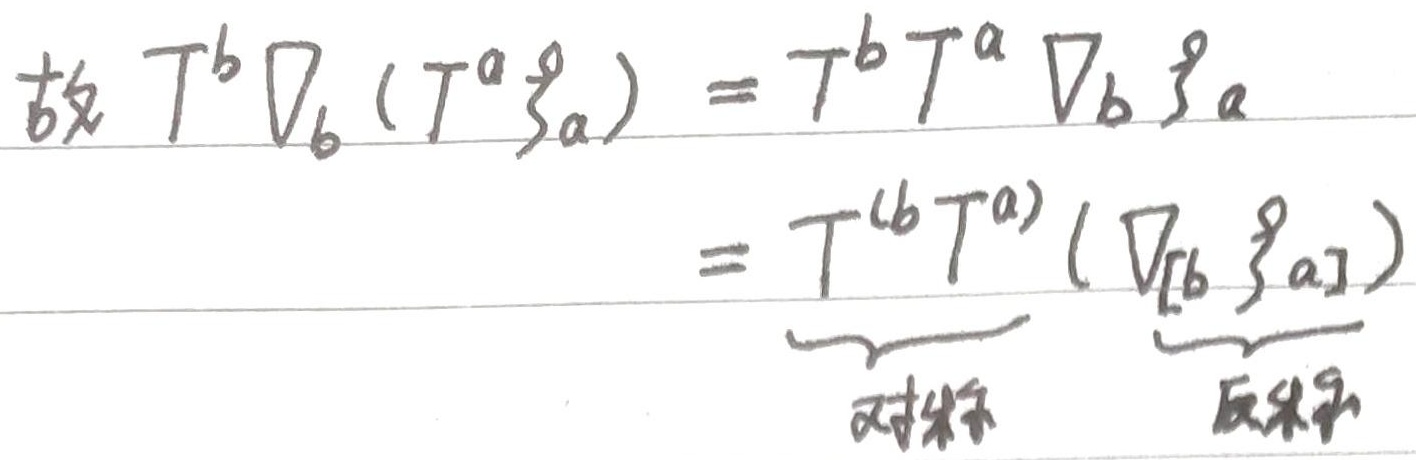
故
\[
T^{b}\nabla_{b}(T^{a}\xi_{a})=T^{b}T^{a}\nabla_{b}\xi_{a}=T^{(b}T^{a)}(\nabla_{[b}\xi_{a]})
\]
$\underbrace{}_{\text{对称}}\underbrace{}_{\text{反对称}}$